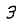
Digit: 3